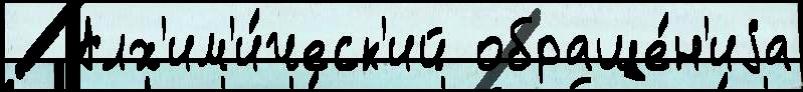
  Алх'им'и́ческ'ий обраще́н'иjа